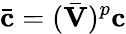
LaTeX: \bar{\mathbf{c}}=(\bar{\mathbf{V}})^{p}\mathbf{c}